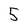
Character: 5